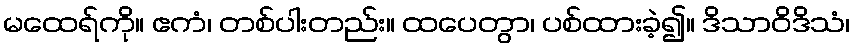
မထေရ်ကို။ ဧကံ၊ တစ်ပါးတည်း။ ထပေတွာ၊ ပစ်ထားခဲ့၍။ ဒိသာဝိဒိသံ၊